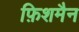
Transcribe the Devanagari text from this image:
फ़िशमैन